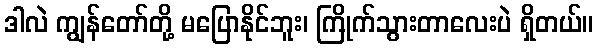
ဒါလဲ ကျွန်တော်တို့ မပြောနိုင်ဘူး၊ ကြိုက်သွားတာလေးပဲ ရှိတယ်။